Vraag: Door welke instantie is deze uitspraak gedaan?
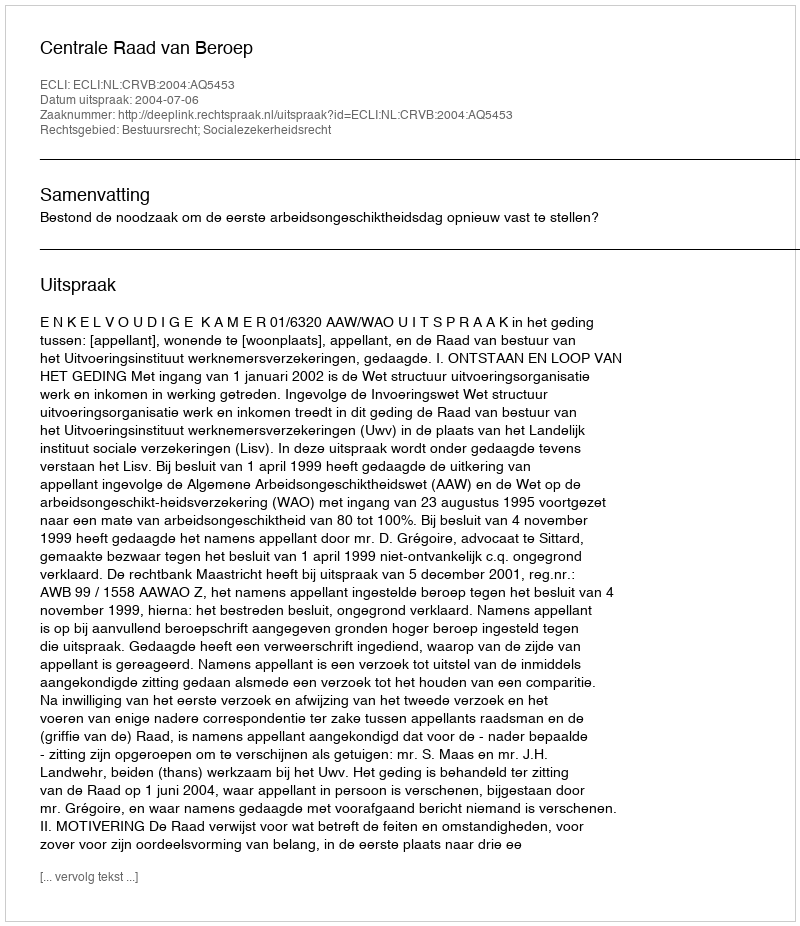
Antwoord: Centrale Raad van Beroep